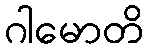
ဂါမောတိ